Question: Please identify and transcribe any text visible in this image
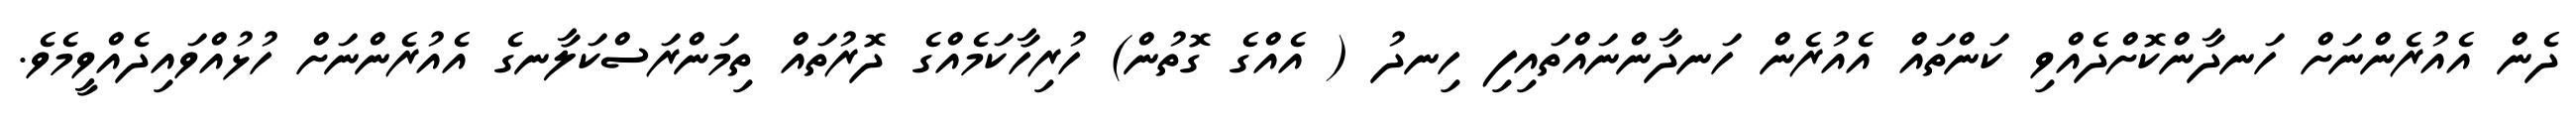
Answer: ދެން އެއުރެންނަށް ހަނދާންކޮށްދެއްވި ކަންތައް އެއުރެން ހަނދާންނައްތައިފި ހިނދު ( އެއްގެ ގޮތުން) ހުރިހާކަމެއްގެ ދޮރުތައް ތިމަންރަސްކަލާނގެ އެއުރެންނަށް ހުޅުއްވައިދެއްވީމެވެ.